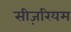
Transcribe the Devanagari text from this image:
सीज़रियम